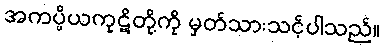
အကပ္ပိယကုဋိတို့ကို မှတ်သားသင့်ပါသည်။